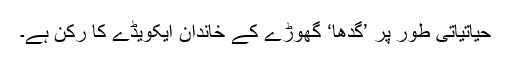
حیاتیاتی طور پر ’گدھا‘ گھوڑے کے خاندان ایکویڈے کا رکن ہے۔